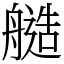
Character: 䒃